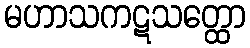
မဟာသကဋသတ္ထော